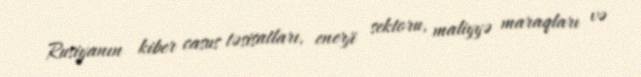
Rusiyanın kiber casus təsisatları, enerji sektoru, maliyyə maraqları və